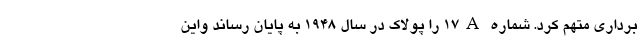
برداری متهم کرد. شماره ۱۷A را پولاک در سال ۱۹۴۸ به پایان رساند واین